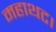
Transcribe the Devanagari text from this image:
महाथट।